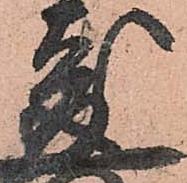
成